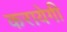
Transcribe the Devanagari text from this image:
करायेगी